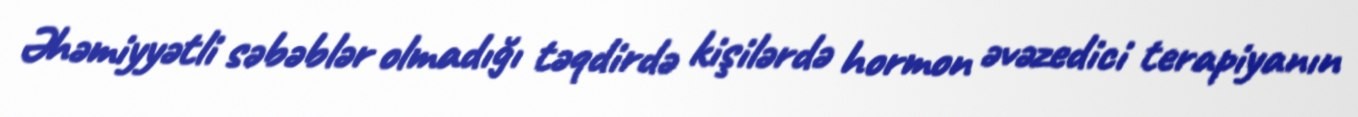
Əhəmiyyətli səbəblər olmadığı təqdirdə kişilərdə hormon əvəzedici terapiyanın